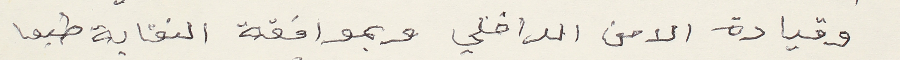
وقيادة الامن الداخلي وبموافقة النقابة طبعا